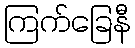
ကြက်ခြေနီ